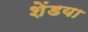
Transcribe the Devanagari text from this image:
शेंडया